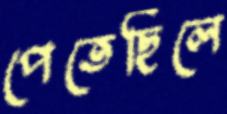
পেতেছিলে